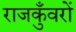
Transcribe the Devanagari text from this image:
राजकुँवरों